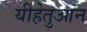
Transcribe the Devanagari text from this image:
यीहेतुआन